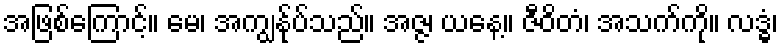
အဖြစ်ကြောင့်။ မေ၊ အကျွန်ုပ်သည်။ အဇ္ဇ၊ ယနေ့။ ဇီဝိတံ၊ အသက်ကို။ လဒ္ဓံ၊